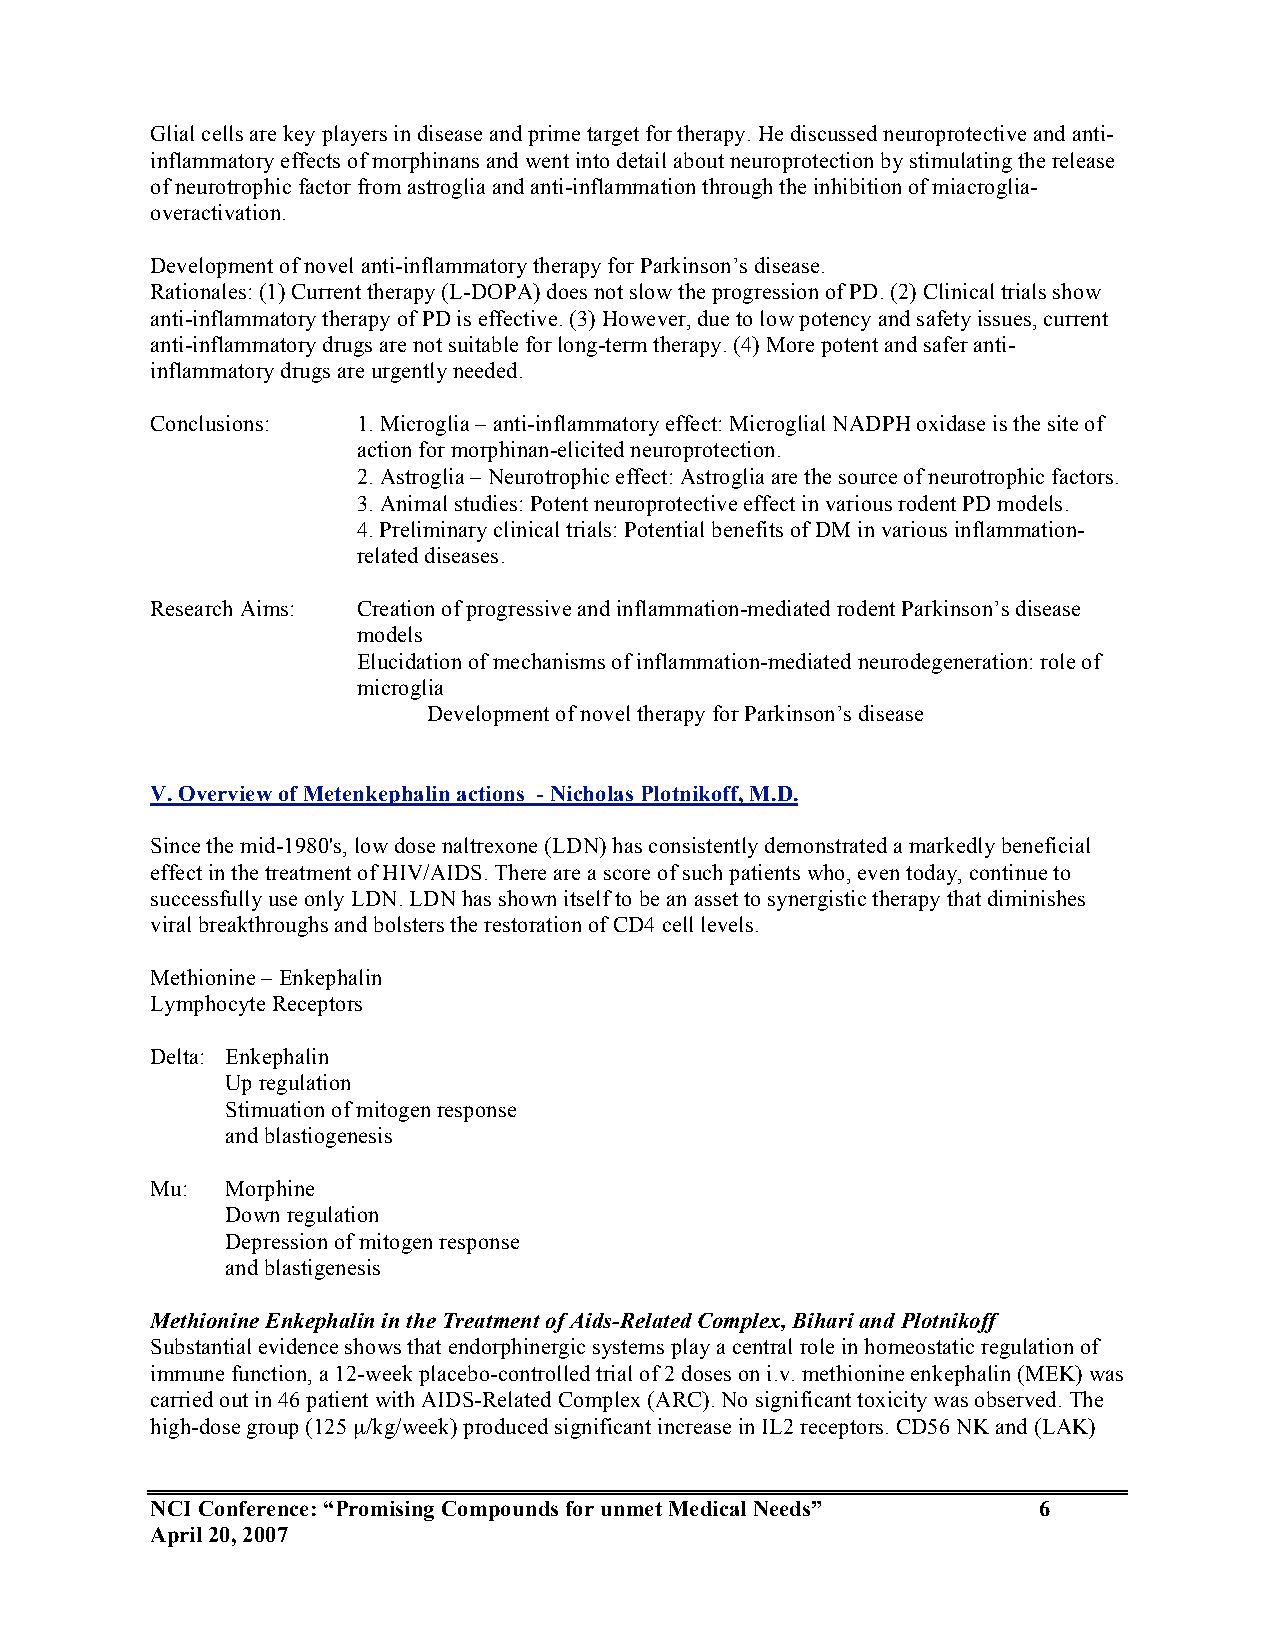
Glial cells are key players in disease and prime target for therapy. He discussed neuroprotective and anti-
 inflammatory effects of morphinans and went into detail about neuroprotection by stimulating the release
 of neurotrophic factor from astroglia and anti-inflammation through the inhibition of miacroglia-
 overactivation.
 Development of novel anti-inflammatory therapy for Parkinson’s disease.
 Rationales: (1) Current therapy (L-DOPA) does not slow the progression of PD. (2) Clinical trials show
 anti-inflammatory therapy of PD is effective. (3) However, due to low potency and safety issues, current
 anti-inflammatory drugs are not suitable for long-term therapy. (4) More potent and safer anti-
 inflammatory drugs are urgently needed.
 Conclusions:  1. Microglia – anti-inflammatory effect: Microglial NADPH oxidase is the site of
 action for morphinan-elicited neuroprotection.
 2. Astroglia – Neurotrophic effect: Astroglia are the source of neurotrophic factors.
 3. Animal studies: Potent neuroprotective effect in various rodent PD models.
 4. Preliminary clinical trials: Potential benefits of DM in various inflammation-
 related diseases.
 Research Aims: Creation of progressive and inflammation-mediated rodent Parkinson’s disease
 models
 Elucidation of mechanisms of inflammation-mediated neurodegeneration: role of
 microglia
 Development of novel therapy for Parkinson’s disease
 V. Overview of Metenkephalin actions - Nicholas Plotnikoff, M.D.
 Since the mid-1980's, low dose naltrexone (LDN) has consistently demonstrated a markedly beneficial
 effect in the treatment of HIV/AIDS. There are a score of such patients who, even today, continue to
 successfully use only LDN. LDN has shown itself to be an asset to synergistic therapy that diminishes
 viral breakthroughs and bolsters the restoration of CD4 cell levels.
 Methionine – Enkephalin
 Lymphocyte Receptors
 Delta: Enkephalin
 Up regulation
 Stimuation of mitogen response
 and blastiogenesis
 Mu:  Morphine
 Down regulation
 Depression of mitogen response
 and blastigenesis
 Methionine Enkephalin in the Treatment of Aids-Related Complex, Bihari and Plotnikoff
 Substantial evidence shows that endorphinergic systems play a central role in homeostatic regulation of
 immune function, a 12-week placebo-controlled trial of 2 doses on i.v. methionine enkephalin (MEK) was
 carried out in 46 patient with AIDS-Related Complex (ARC). No significant toxicity was observed. The
 high-dose group (125 µ/kg/week) produced significant increase in IL2 receptors. CD56 NK and (LAK)
 NCI Conference: “Promising Compounds for unmet Medical Needs” 6
 April 20, 2007